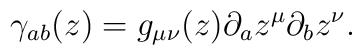
\gamma_{ab}(z)=g_{\mu\nu}(z)\partial_az^\mu\partial_b z^\nu.